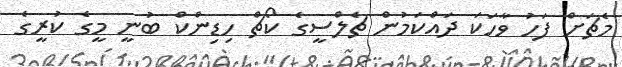
މެޗަށް ފަހު ވާހަކަ ދައްކަމުން ޗެލްސީގެ ކޯޗް ހިޑިންކް ބުނީ މީގެ ކުރީގެ